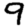
Digit: 9